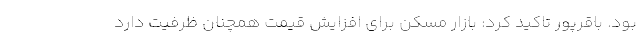
بود. باقرپور تاکید کرد: بازار مسکن برای افزایش قیمت همچنان ظرفیت دارد